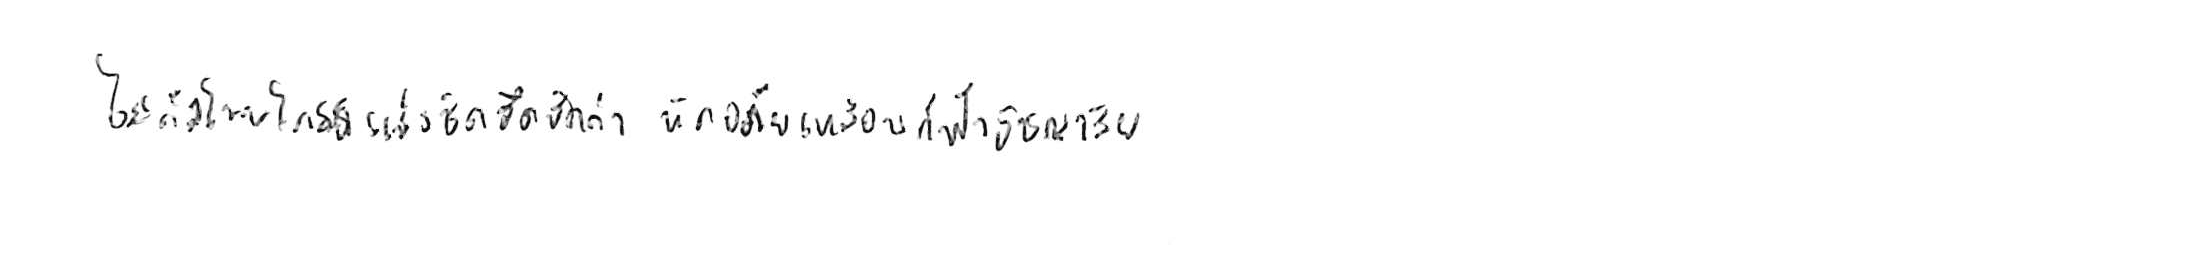
ไม่ถือโทษโกรธแช่งซัดฮึดฮัดด่า หัดอภัยเหมือนกีฬาอัชฌาสัย